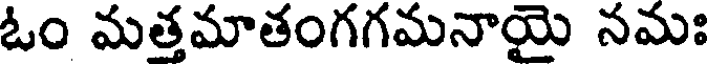
ఓం మత్తమాతంగగమనాయై నమః